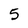
Character: 5